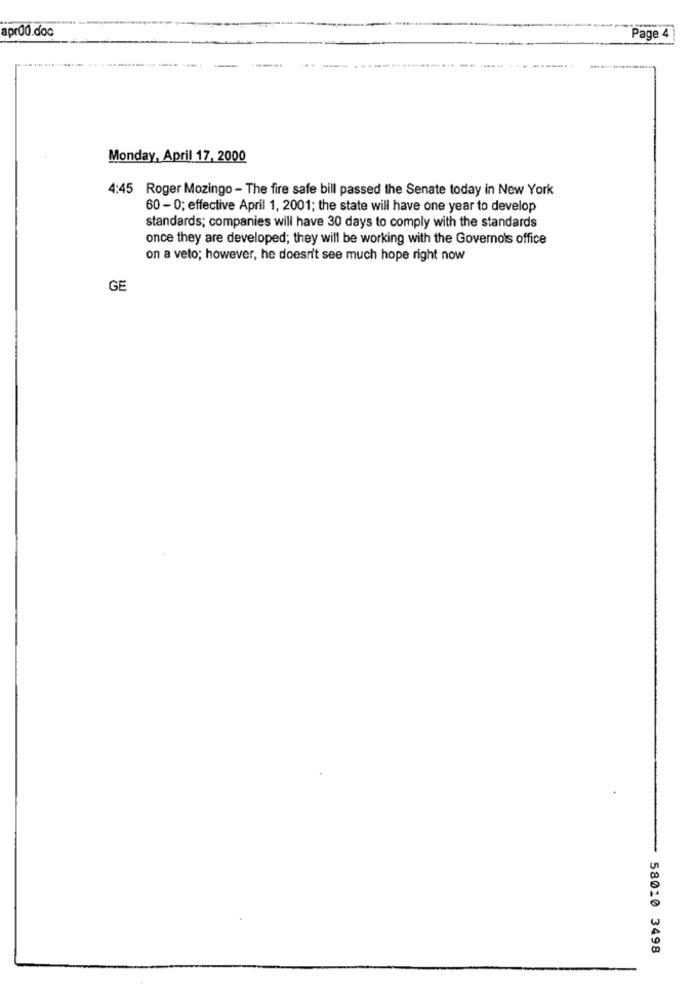
aprod.doc
Page 4
Monday, April 17, 2000
4:45 Roger Mozingo - The fire safe bill passed the Senate today in New York
60 - 0; effective April 1, 2001; the state will have one year to develop
standards; companies will have 30 days to comply with the standards
once they are developed; they will be working with the Governols office
on a veto; however, he doesn't see much hope right now
GE
58010 3498